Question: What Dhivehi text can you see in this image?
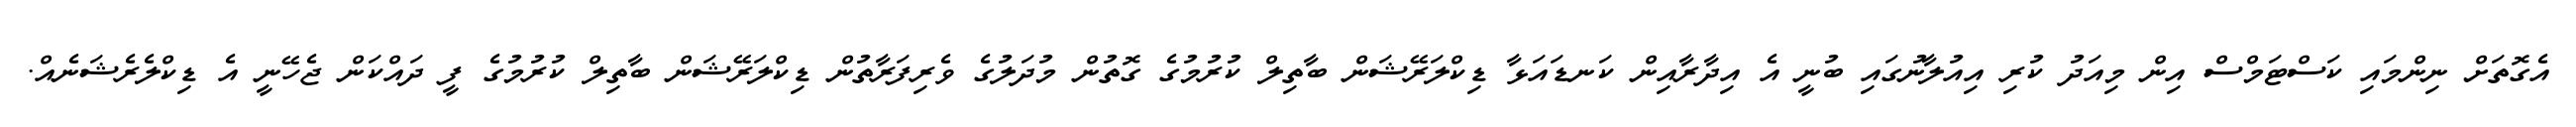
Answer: އެގޮތަށް ނިންމައި ކަސްޓަމްސް އިން މިއަދު ކުރި އިއުލާނުގައި ބުނީ އެ އިދާރާއިން ކަނޑައަޅާ ޑިކްލަރޭޝަން ބާތިލް ކުރުމުގެ ގޮތުން މުދަލުގެ ވެރިފަރާތުން ޑިކްލަރޭޝަން ބާތިލް ކުރުމުގެ ފީ ދައްކަން ޖެހޭނީ އެ ޑިކްލެރެޝަނެއް.